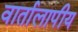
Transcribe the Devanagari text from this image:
वार्तालापीय